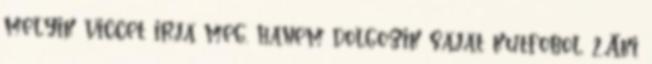
melyik viccet irja meg, hanem dolgozik sajat kutfobol. 2.Aki